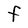
Character: f